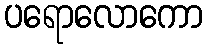
ပရောလောကော